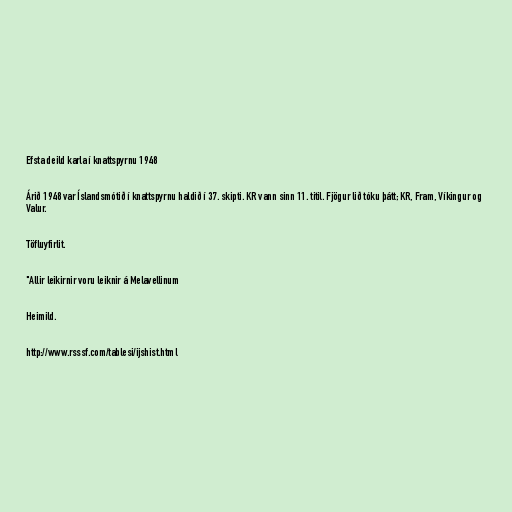
Efsta deild karla í knattspyrnu 1948

Árið 1948 var Íslandsmótið í knattspyrnu haldið í 37. skipti. KR vann sinn 11. titil. Fjögur lið tóku þátt; KR, Fram, Víkingur og
Valur.

Töfluyfirlit.

"Allir leikirnir voru leiknir á Melavellinum

Heimild.

http://www.rsssf.com/tablesi/ijshist.html